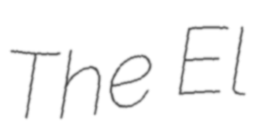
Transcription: The El